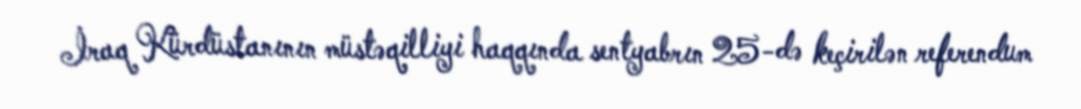
İraq Kürdüstanının müstəqilliyi haqqında sentyabrın 25-də keçirilən referendum